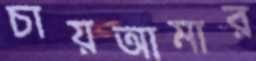
চায়আমার